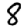
Digit: 8